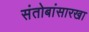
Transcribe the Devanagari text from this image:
संतोबांसारखा